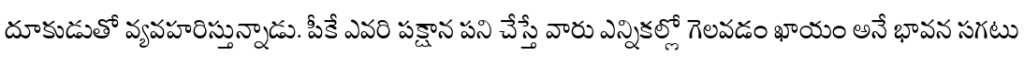
దూకుడుతో వ్యవహరిస్తున్నాడు. పీకే ఎవరి పక్షాన పని చేస్తే వారు ఎన్నికల్లో గెలవడం ఖాయం అనే భావన సగటు